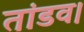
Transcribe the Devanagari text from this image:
तांडव।